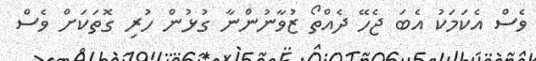
ވެސް އެކަމަކު އެބަ ޖެހޭ ދެއްތޯ ޒުވާނުންނާ ގުޅުން ހުރި ގޮތަކަށް ވެސް